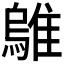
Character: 𫕜